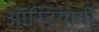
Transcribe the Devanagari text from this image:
ऑस्ट्रियायी